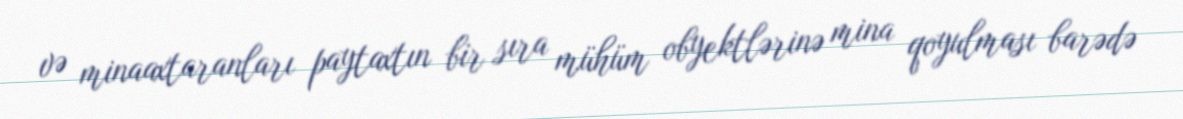
və minaaxtaranları paytaxtın bir sıra mühüm obyektlərinə mina qoyulması barədə